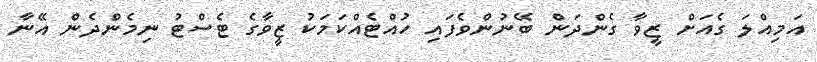
އަމިއްލަ ގެއަށް ޒީވާ ގެންދަން ބޭނުންވެފައި ހުއްޓެއްކަމަކު ޒީވާގެ ޓެސްޓު ނިމެންދެން އޭނާ